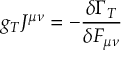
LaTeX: g _ { T } J ^ { \mu \nu } = - \frac { \delta \Gamma _ { T } } { \delta F _ { \mu \nu } }